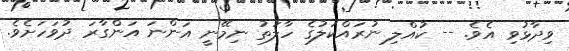
ވިދާޅުވި އެވެ. -- ކުއްލި ނުރައްކަލުގެ ހާލަތު ނިމޭނީ އަންނަ އަންގާރަ ދުވަހަށެވެ.